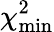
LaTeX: \chi_{\textrm{min}}^{2}